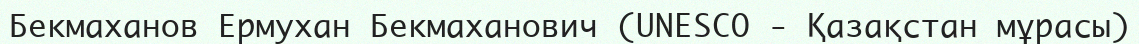
Бекмаханов Ермухан Бекмаханович (UNESCO - Қазақстан мұрасы)